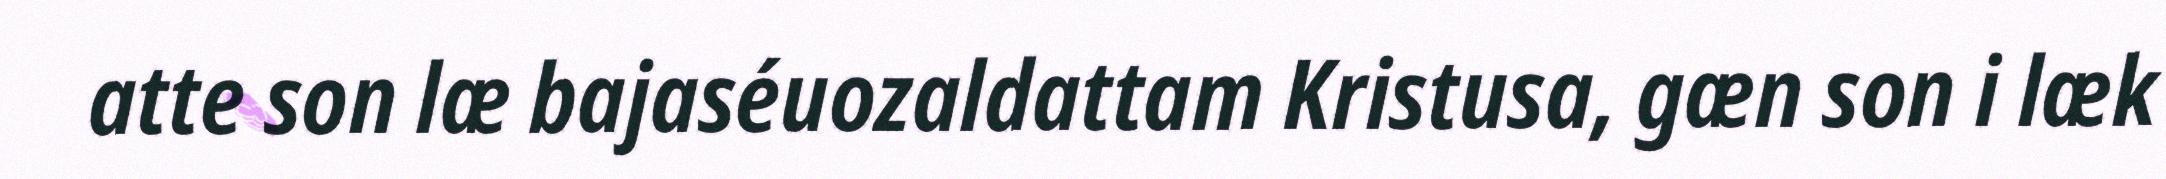
atte son læ bajaséuozaldattam Kristusa, gæn son i læk